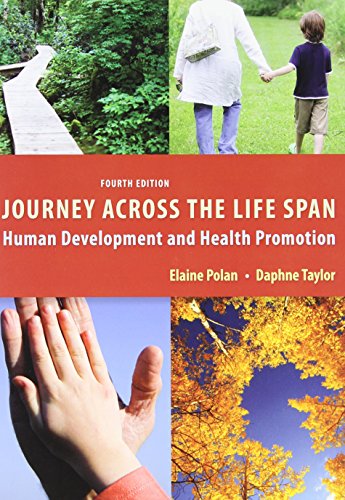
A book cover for Journey Across the Life Span: Human Development and Health Promotion, 4th Edition; Elaine U. Polan; Medical Books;